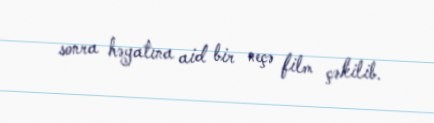
sonra həyatına aid bir neçə film çəkilib.